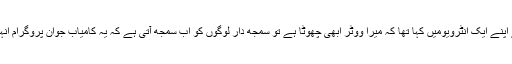
عمران خان صاحب نے اپنے ایک انٹرویومیں کہا تھا کہ میرا ووٹر ابھی چھوٹا ہے تو سمجھ دار لوگوں کو اب سمجھ آتی ہے کہ یہ کامیاب جوان پروگرام انہی ووٹرز کے لئے ہے۔